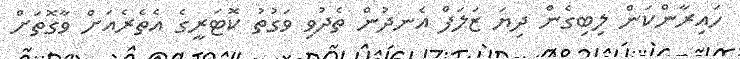
ހައިރާންކަން ލިބިގެން ދިޔަ ޒަލަފް އެނދުން ތެދުވި ވަގުތު ކޮޓަރީގެ އެތެރެއަށް ވާގޮތަށް